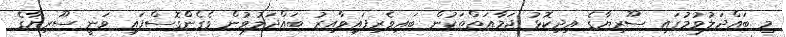
މި ބައްދަލުވުމުގައި ސޫރިޔާގެ އިދިކޮޅު ޖަމާއަތްތަކުން ބައިވެރިފައިވާއިރު ބައްދަލުވުން ވެގެންގޮސްފައި ވަނީ ސޫރިޔާގެ